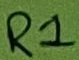
Text: R1